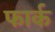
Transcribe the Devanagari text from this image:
फार्क